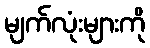
မျက်လုံးများကို